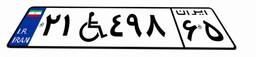
۲۱W۴۹۸۶۵